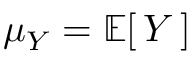
\mu _ { Y } = \operatorname { \mathbb { E } } [ \, Y \, ]